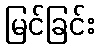
မြင်ခြင်း